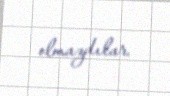
olmazdılar.